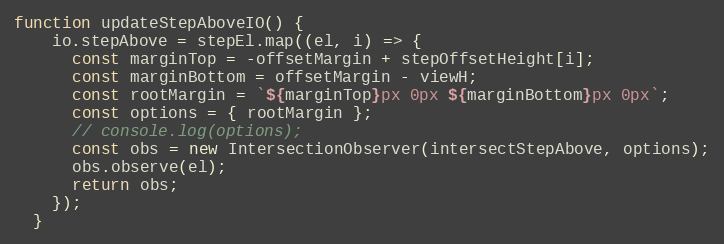
Language: JavaScript
function updateStepAboveIO() {
    io.stepAbove = stepEl.map((el, i) => {
      const marginTop = -offsetMargin + stepOffsetHeight[i];
      const marginBottom = offsetMargin - viewH;
      const rootMargin = `${marginTop}px 0px ${marginBottom}px 0px`;
      const options = { rootMargin };
      // console.log(options);
      const obs = new IntersectionObserver(intersectStepAbove, options);
      obs.observe(el);
      return obs;
    });
  }